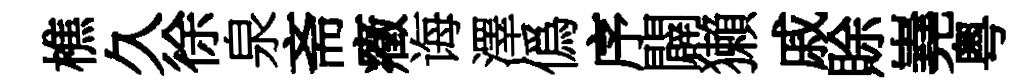
樵久徐泉斋癥诲澤僞序闢獺戚賖嶤粤